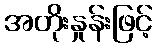
အတိုးနှုန်းဖြင့်